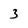
Character: 3